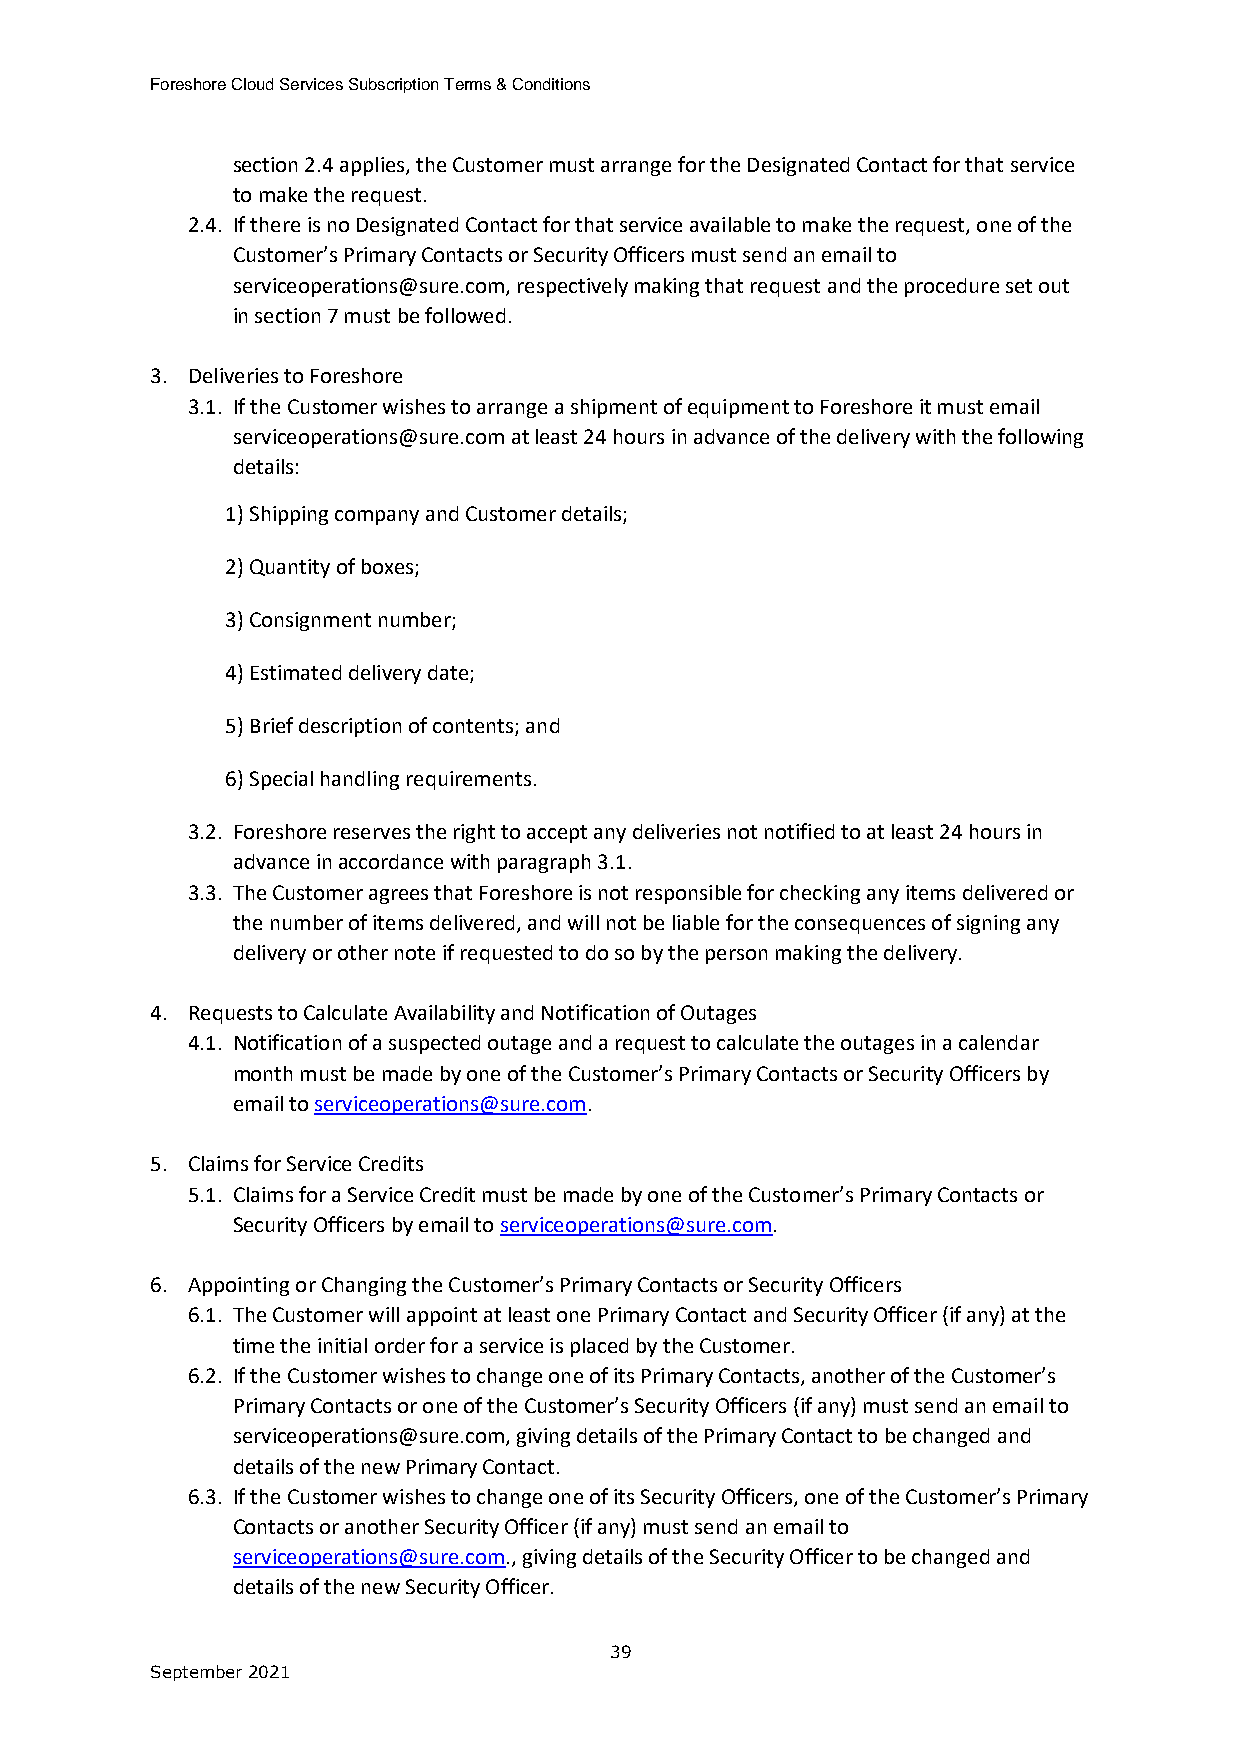
Foreshore Cloud Services Subscription Terms & Conditions
 section 2.4 applies, the Customer must arrange for the Designated Contact for that service
 to make the request.
 2.4. If there is no Designated Contact for that service available to make the request, one of the
 Customer’s Primary Contacts or Security Officers must send an email to
 serviceoperations@sure.com, respectively making that request and the procedure set out
 in section 7 must be followed.
 3. Deliveries to Foreshore
 3.1. If the Customer wishes to arrange a shipment of equipment to Foreshore it must email
 serviceoperations@sure.com at least 24 hours in advance of the delivery with the following
 details:
 1) Shipping company and Customer details;
 2) Quantity of boxes;
 3) Consignment number;
 4) Estimated delivery date;
 5) Brief description of contents; and
 6) Special handling requirements.
 3.2. Foreshore reserves the right to accept any deliveries not notified to at least 24 hours in
 advance in accordance with paragraph 3.1.
 3.3. The Customer agrees that Foreshore is not responsible for checking any items delivered or
 the number of items delivered, and will not be liable for the consequences of signing any
 delivery or other note if requested to do so by the person making the delivery.
 4. Requests to Calculate Availability and Notification of Outages
 4.1. Notification of a suspected outage and a request to calculate the outages in a calendar
 month must be made by one of the Customer’s Primary Contacts or Security Officers by
 email to serviceoperations@sure.com.
 5. Claims for Service Credits
 5.1. Claims for a Service Credit must be made by one of the Customer’s Primary Contacts or
 Security Officers by email to serviceoperations@sure.com.
 6. Appointing or Changing the Customer’s Primary Contacts or Security Officers
 6.1. The Customer will appoint at least one Primary Contact and Security Officer (if any) at the
 time the initial order for a service is placed by the Customer.
 6.2. If the Customer wishes to change one of its Primary Contacts, another of the Customer’s
 Primary Contacts or one of the Customer’s Security Officers (if any) must send an email to
 serviceoperations@sure.com, giving details of the Primary Contact to be changed and
 details of the new Primary Contact.
 6.3. If the Customer wishes to change one of its Security Officers, one of the Customer’s Primary
 Contacts or another Security Officer (if any) must send an email to
 serviceoperations@sure.com., giving details of the Security Officer to be changed and
 details of the new Security Officer.
 39
 September 2021